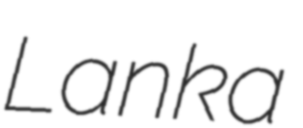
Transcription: Lanka